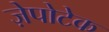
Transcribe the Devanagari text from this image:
ज़ेपोटेक